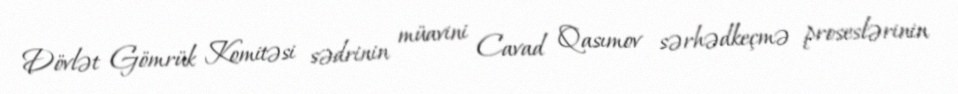
Dövlət Gömrük Komitəsi sədrinin müavini Cavad Qasımov sərhədkeçmə proseslərinin